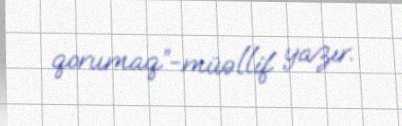
qorumaq”-müəllif yazır.